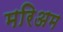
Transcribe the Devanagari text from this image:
मरिअम